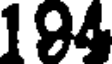
194